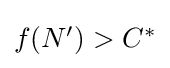
{\textstyle f(N')>C^{*}}